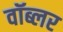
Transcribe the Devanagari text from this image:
वॉब्लर